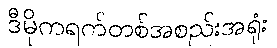
ဒီမိုကရက်တစ်အစည်းအရုံး